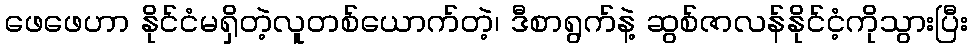
ဖေဖေဟာ နိုင်ငံမရှိတဲ့လူတစ်ယောက်တဲ့၊ ဒီစာရွက်နဲ့ ဆွစ်ဇာလန်နိုင်ငံ့ကိုသွားပြီး